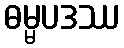
ဓမ္မပဒဿ